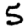
Digit: 5